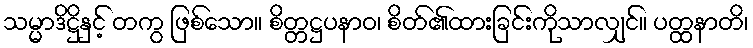
သမ္မာဒိဋ္ဌိနှင့် တကွ ဖြစ်သော။ စိတ္တဋ္ဌပနာဝ၊ စိတ်၏ထားခြင်းကိုသာလျှင်။ ပတ္ထနာတိ၊